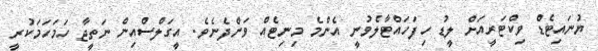
ޔުނައިޓެޑް ވިކްޓަރީއަށް ލީޑު ހިފަހައްޓާލެވުނީ އެންމެ މިނިޓެއް ވަންދެނެވެ. އީގަލްސްއިން ނަތީޖާ ހަމަހަމަކުރީ